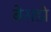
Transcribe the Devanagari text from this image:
बेसडो